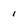
Character: 1